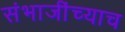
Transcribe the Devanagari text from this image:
संभाजींच्याच